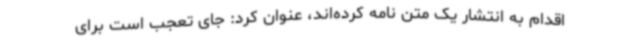
اقدام به انتشار یک متن نامه کرده‌اند، عنوان کرد: جای تعجب است برای